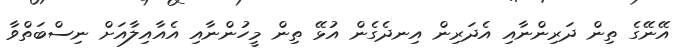
އޭނޭގެ ތިން ދަރިންނާއި އެދަރިން އިނދެގެން އުޅޭ ތިން މީހުންނާއި އެއާއިލާއަށް ނިސްބަތްވާ